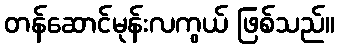
တန်ဆောင်မုန်းလကွယ် ဖြစ်သည်။